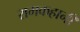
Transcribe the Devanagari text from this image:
रामकहानी